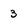
Character: 3